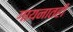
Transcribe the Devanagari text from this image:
गायनातही